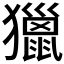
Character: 獵